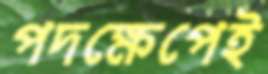
পদক্ষেপেই